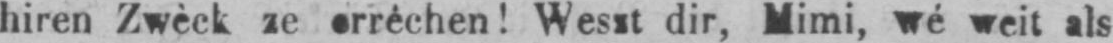
dir, Mimi, wé weit als